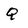
Character: Q